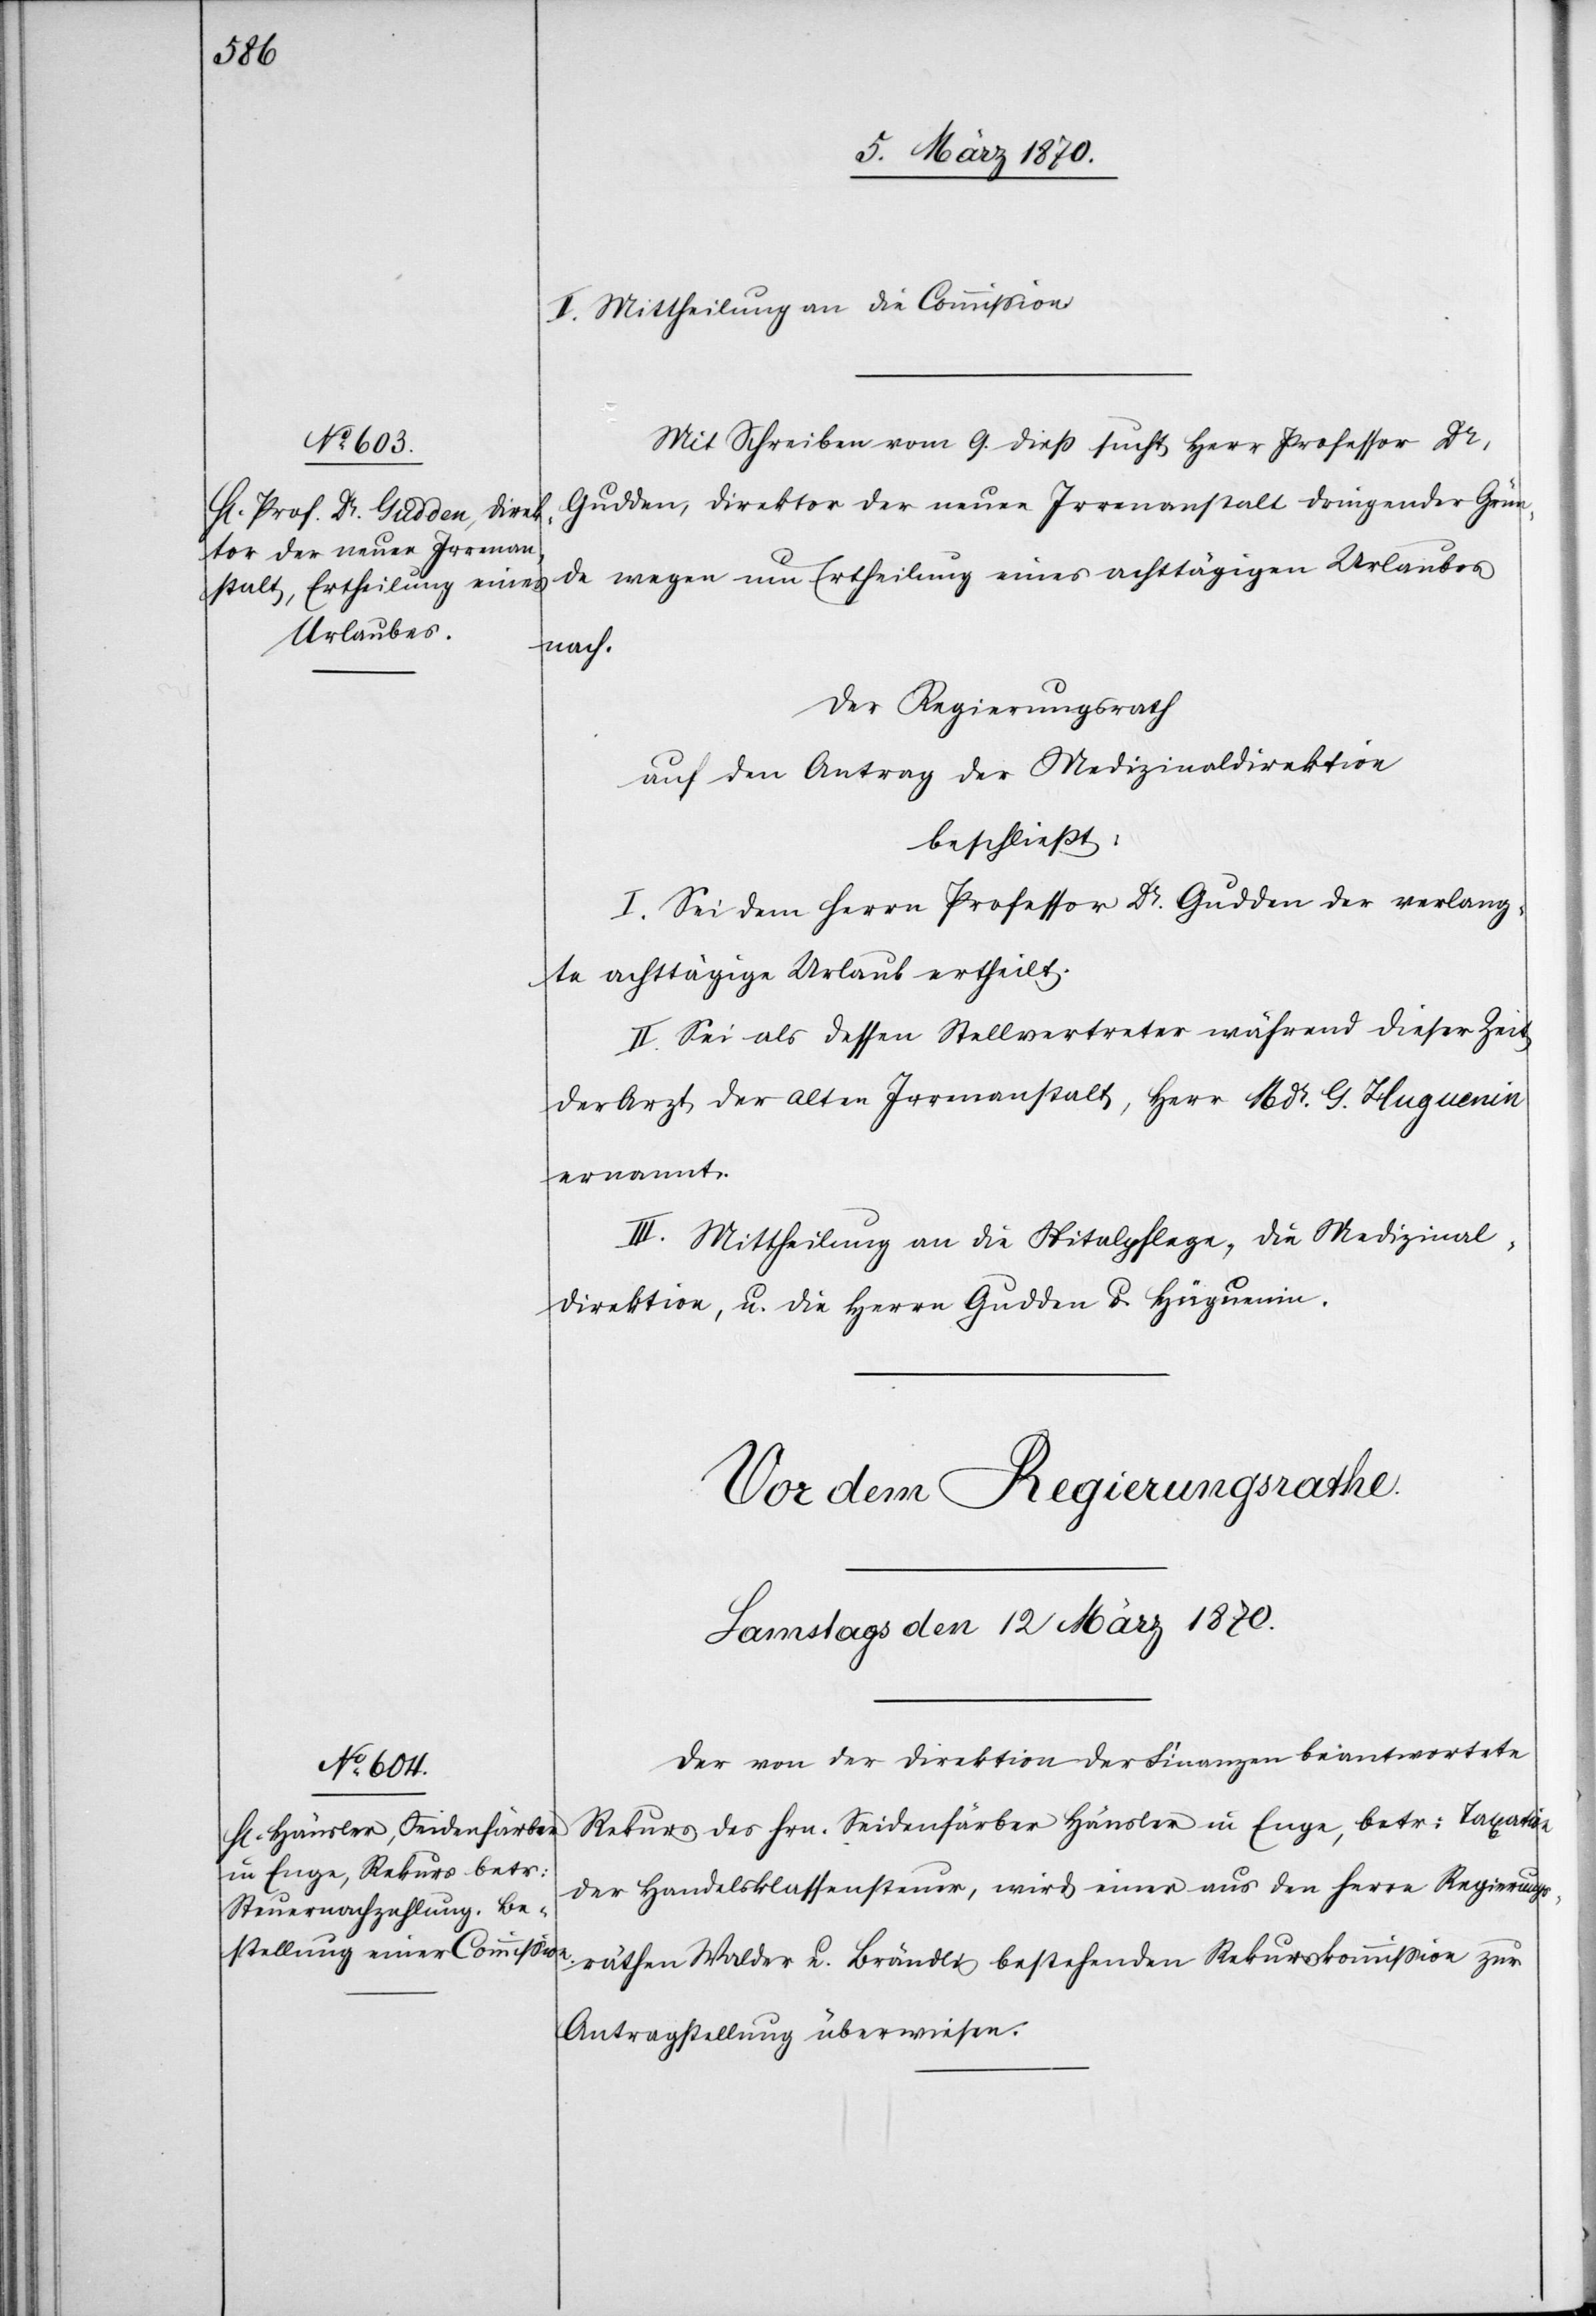
11. März 1870.]
Mittheilung an die Commission.
Mit Schreiben vom 9. dieß sucht Herr Professor Dr.
Gudden, Direktor der neuen Irrenanstalt dringender Grün¬
de wegen um Ertheilung eines achttägigen Urlaubes
nach.
Der Regierungsrath
auf den Antrag der Medizinaldirektion
beschließt:
I. Sei dem Herrn Professor Dr. Gudden der verlang¬
te achttägige Urlaub ertheilt.
II. Sei als dessen Stellvertreter während dieser Zeit
der Arzt der alten Irrenanstalt, Herr M Dr. G. Huguenin
ernannt.
III. Mittheilung an die Spitalpflege, die Medizinal¬
direktion, u. die Herren Gudden u. Hüguenin
Der von der Direktion der Finanzen beantwortete
Rekurs des Hrn. Seidenfärber Häusler in Enge, betr: Taxation
der Handelsklassensteuer, wird einer aus den Herrn Regierungs¬
räthen Walder u. Brändli bestehenden Rekurscommission zur
Antragstellung überwiesen.